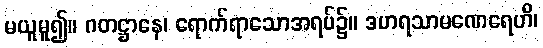
မယူမူ၍။ ဂတဋ္ဌာနေ၊ ရောက်ရာသောအရပ်၌။ ဒဟရသာမဏေရေဟိ၊